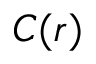
C ( r )